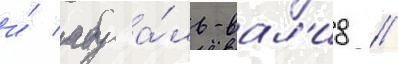
и́ абу а́ль-вал'ид //